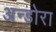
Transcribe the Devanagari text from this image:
अन्डोरा